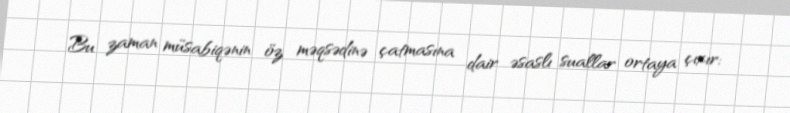
Bu zaman müsabiqənin öz məqsədinə çatmasına dair əsaslı suallar ortaya çıxır: